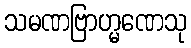
သမဏဗြာဟ္မဏေသု